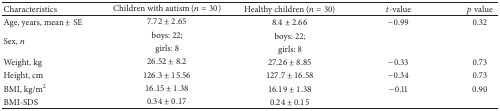
<table><thead><tr><td><b>Characteristics</b></td><td><b>Children with autism (<i>n</i> = 30)</b></td><td><b>Healthy children (<i>n</i> = 30)</b></td><td><b><i>t</i>-value</b></td><td><b><i>p</i> value</b></td></tr></thead><tbody><tr><td>Age, years, mean ± SE</td><td>7.72 ± 2.65</td><td>8.4 ± 2.66</td><td>−0.99</td><td>0.32</td></tr><tr><td rowspan="2">Sex, <i>n</i></td><td>boys: 22;</td><td>boys: 22;</td><td rowspan="2"> </td><td rowspan="2"> </td></tr><tr><td>girls: 8</td><td>girls: 8</td></tr><tr><td>Weight, kg</td><td>26.52 ± 8.2</td><td>27.26 ± 8.85</td><td>−0.33</td><td>0.73</td></tr><tr><td>Height, cm</td><td>126.3 ± 15.56</td><td>127.7 ± 16.58</td><td>−0.34</td><td>0.73</td></tr><tr><td>BMI, kg/m<sup>2</sup></td><td>16.15 ± 1.38</td><td>16.19 ± 1.38</td><td>−0.11</td><td>0.90</td></tr><tr><td>BMI-SDS</td><td>0.34 ± 0.17</td><td>0.24 ± 0.15</td><td> </td><td> </td></tr></tbody></table>